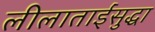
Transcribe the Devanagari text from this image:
लीलाताईंसुद्धा